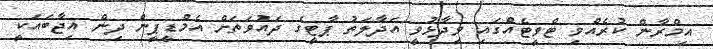
އިމްރާން ކުރެއްވި ޓްވީޓެއްގައި ވިދާޅުވީ އަދާލަތު ޕާޓީގެ ދައުވަތަށް އެމްޑީޕީން ދިން އިޖާބައަކީ